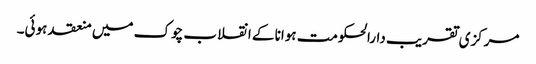
مرکزی تقریب دارالحکومت ہوانا کے انقلاب چوک میں منعقد ہوئی۔